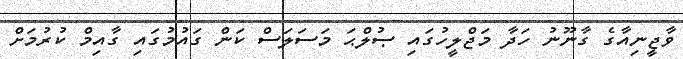
ވާޖީނިއާގެ ގާނޫނު ހަދާ މަޖްލީހުގައި ޞުލްޙަ މަސަލަސް ކަން ގައުމުގައި ގާއިމް ކުރުމަށް